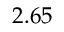
2 . 6 5